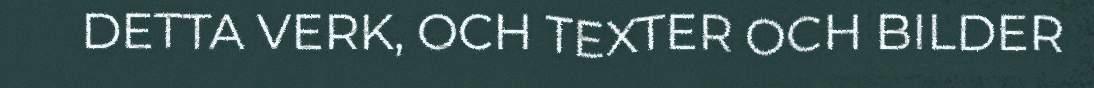
DETTA VERK, OCH TEXTER OCH BILDER